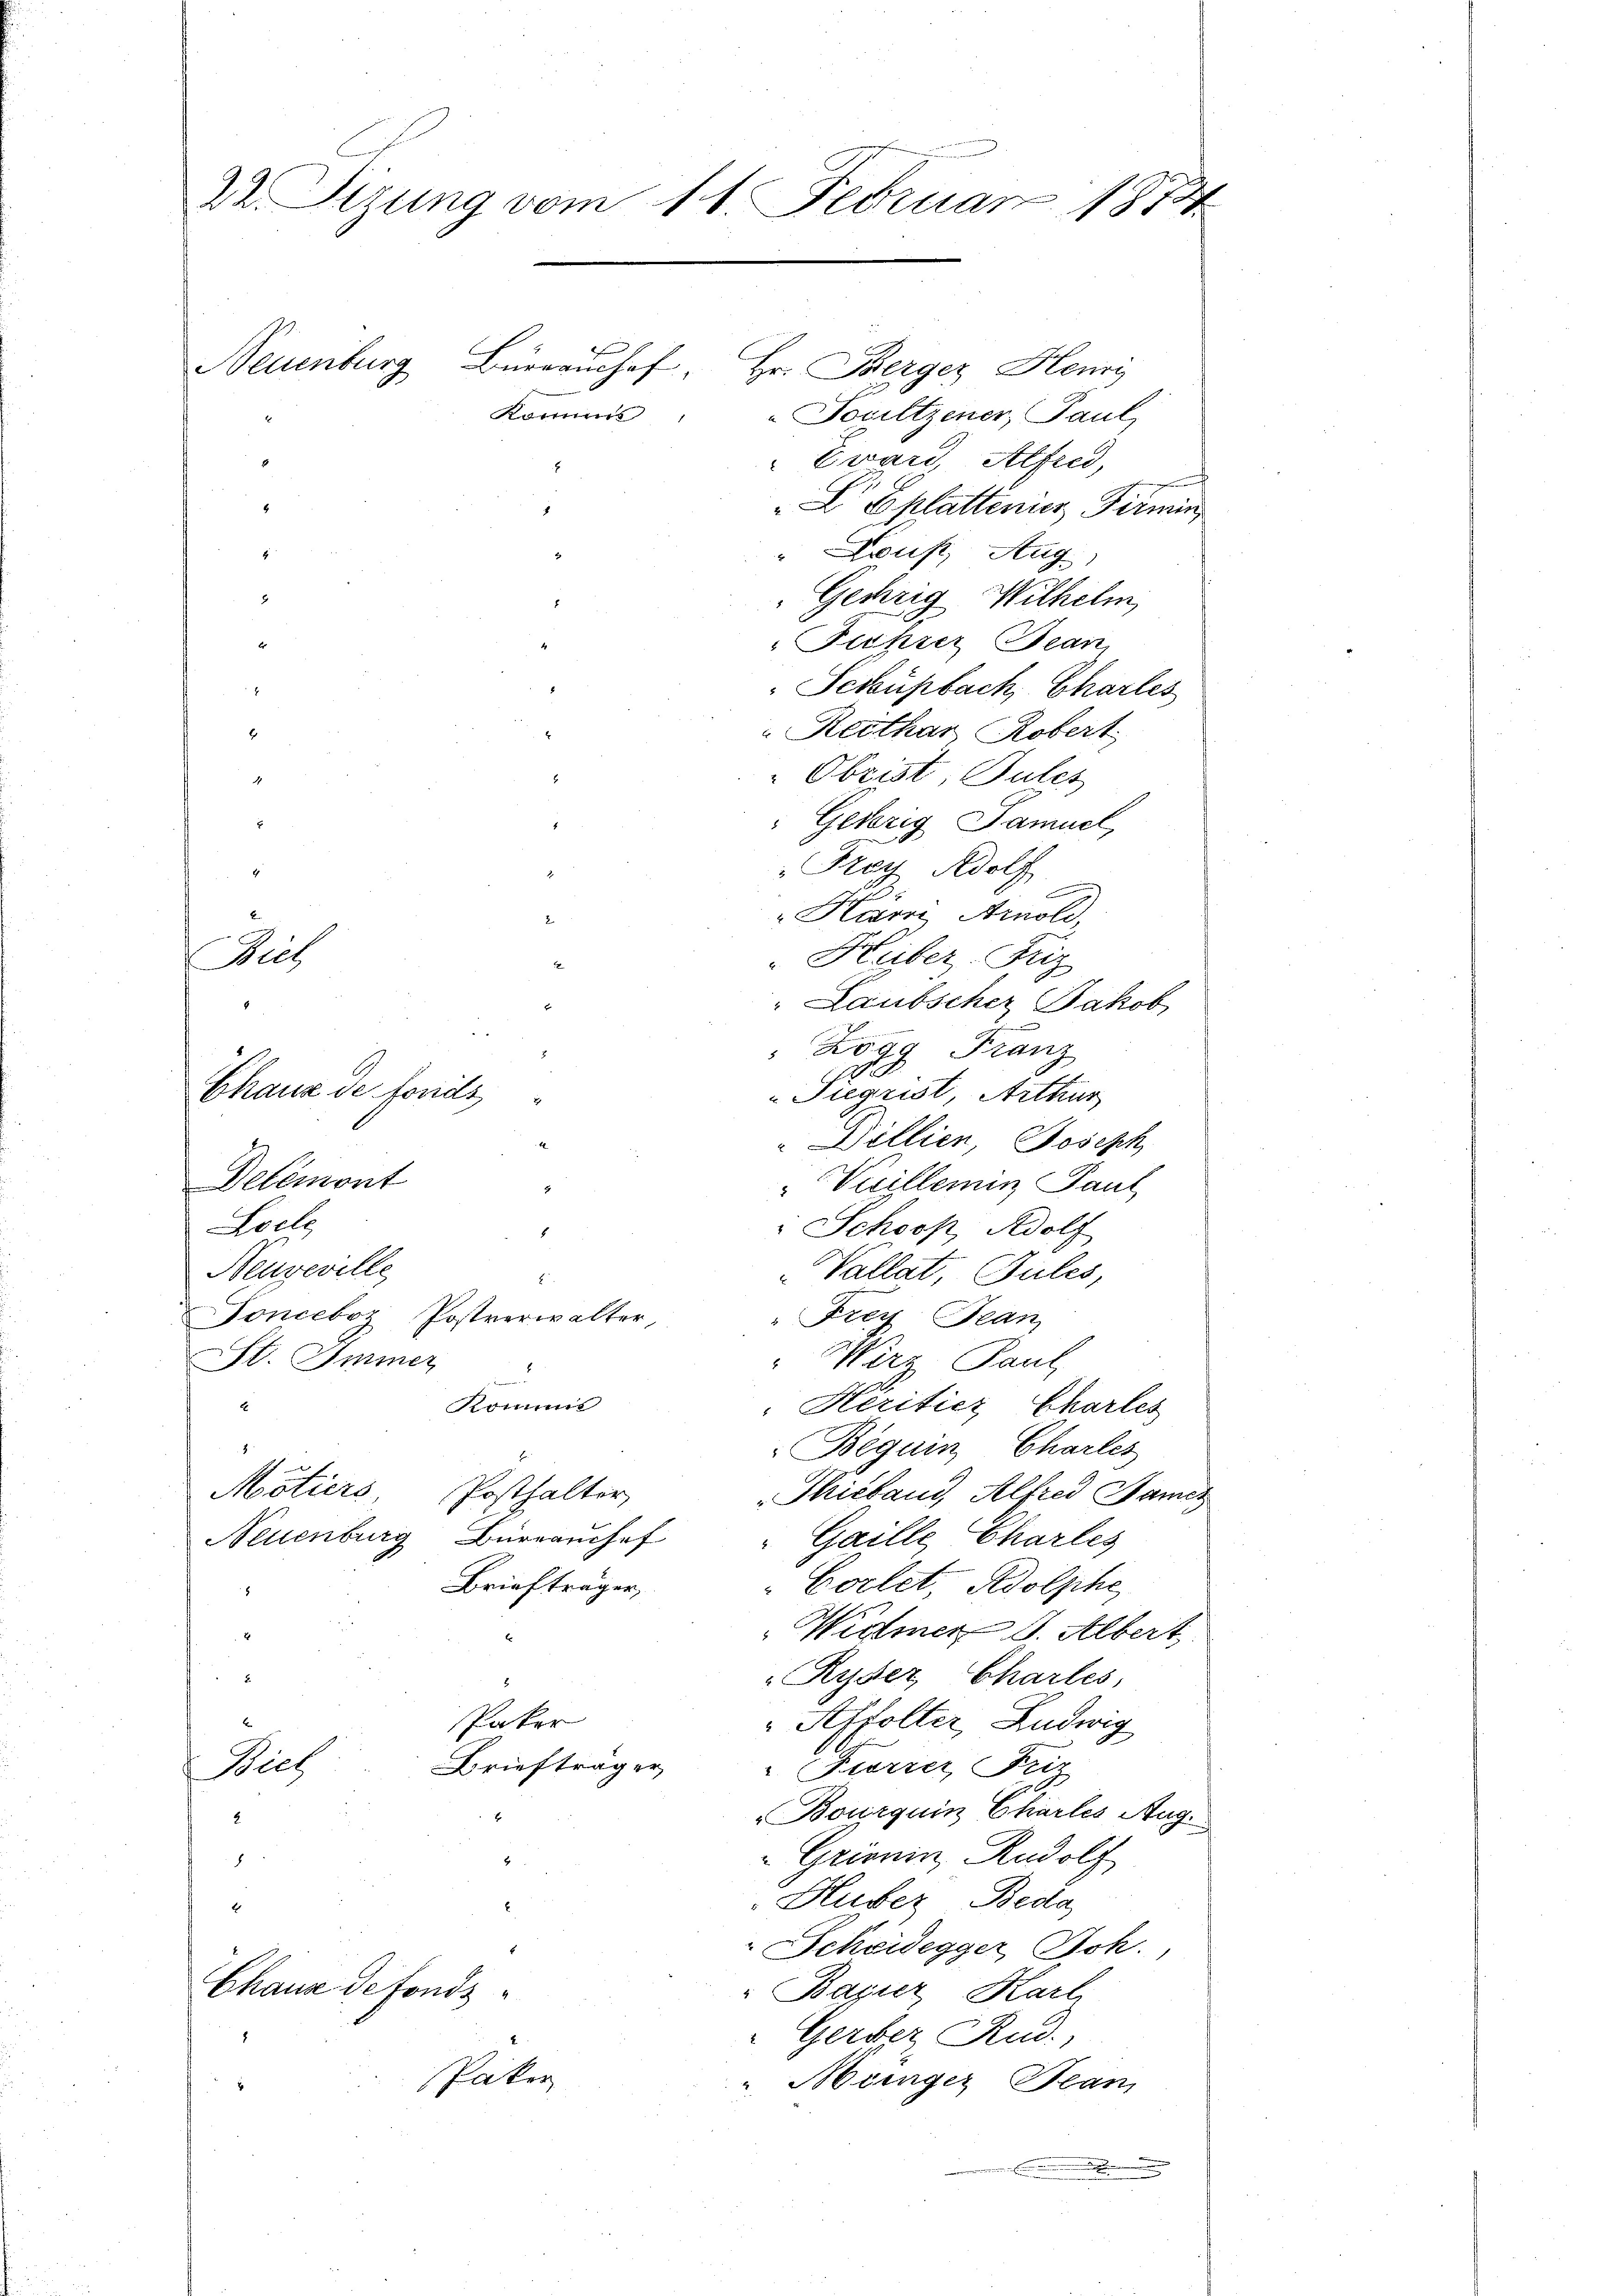
Dr. Sizung vom 11. Februar 1874
e
Neuenburg Bürgenhof, Hr. Therger Henri
Kommis
Joviltzener, Paul
1
Eward, Alfred,
.

h
d
Biel
7
Chaux de fonds
Delémont
Loele
Neuzeville
Fonceboz Postverwalter
St. Immer

E
Kommis
E
Mötiers, Posthalter
Neuenburg Büreauchef
Briefträger,

Wies
2.

Chaus defonds¬

Eplattenier Firmin
Dous, Aug
Gehrig Wilhelm
Fehrer Bean
i
" Schuhbach Charles
Reithar Robert
Obrist, Pules
: Geserig Samuel,
Frey Adolf

Haar Arnold,
"Huber Friz
Laubscher Jakob
Zögg Franz
0
Sigrist, Arthur
Dillien, Joseph
" Vicillemin Paul
Schooß, Adolf
Vallat, Sules,
" Frey Tean
"Wirz Paul
Heritiez Charles
Beguin Charles
Thitland, Alfred Hamer
Gaille Chartes
Corlet, Adolphe,
Widmer d. Albert
Ryser, Chartes,
Paker
Affolter, Ludwig
Briefträger
" Fierzer, Fris
Bourquin Chartes Aug.
x
" Grienin, Rudolf
Huber Beda
Scheidegger Joh.
" Bazier Karl
Gerber, Rud.
Päker
" Münger Bean